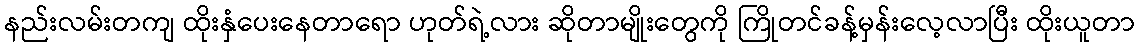
နည်းလမ်းတကျ ထိုးနှံပေးနေတာရော ဟုတ်ရဲ့လား ဆိုတာမျိုးတွေကို ကြိုတင်ခန့်မှန်းလေ့လာပြီး ထိုးယူတာ